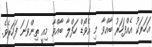
އަހަރަކު އެއްފަހަރު ބާއްވާ މި އެވޯޑް ހަފްލާ ބާއްވާ މިއީ ތިންވަނަ ފަހަރެވެ.